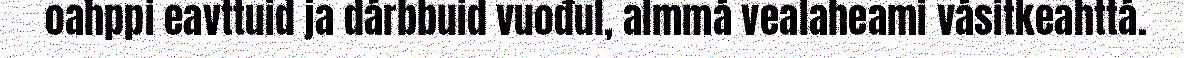
oahppi eavttuid ja dárbbuid vuođul, almmá vealaheami vásitkeahttá.